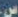
س